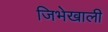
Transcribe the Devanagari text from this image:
जिभेखाली